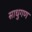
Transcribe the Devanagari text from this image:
साधुगण